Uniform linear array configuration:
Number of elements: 64
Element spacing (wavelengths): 0.25
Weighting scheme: hann
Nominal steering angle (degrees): -15
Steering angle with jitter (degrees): -16.277
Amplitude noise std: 0.05
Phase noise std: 0.05

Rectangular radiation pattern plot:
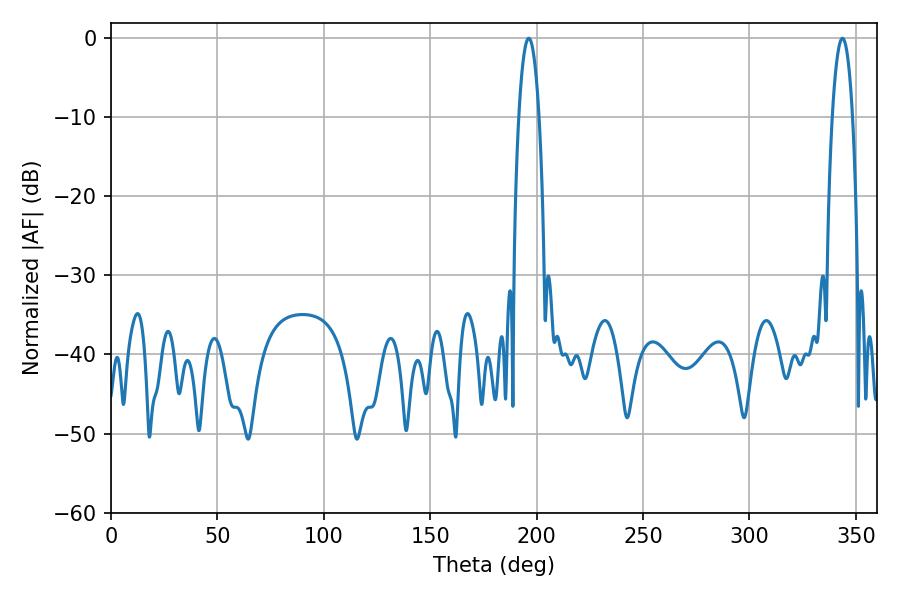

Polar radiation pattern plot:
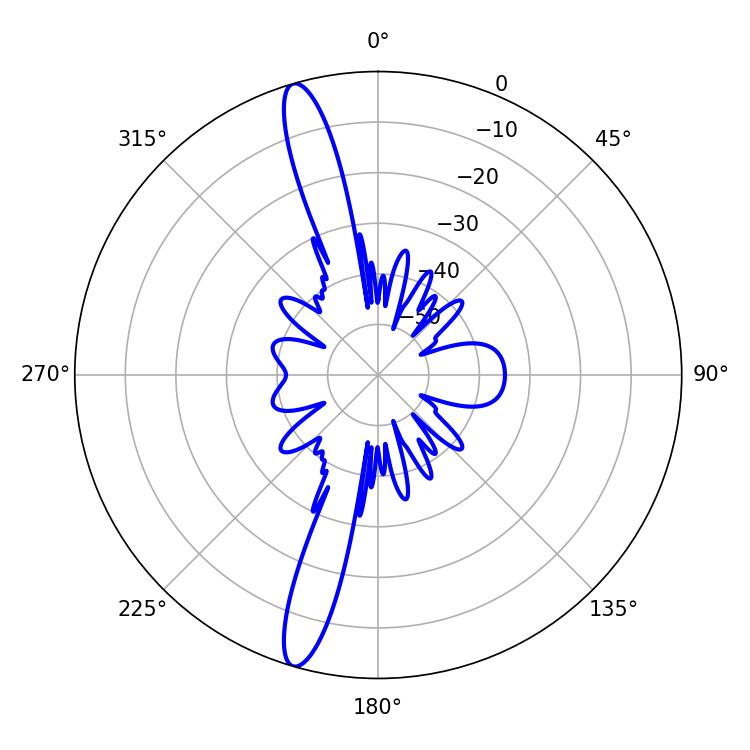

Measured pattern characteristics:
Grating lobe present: FALSE
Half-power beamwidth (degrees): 5.22
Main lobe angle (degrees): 196.38